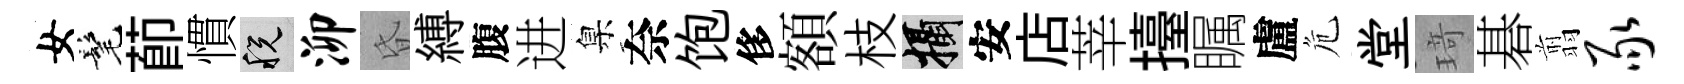
女髦莭慣税泖昏縛腹进臬奈饱侈額枝攝安店莘擡瞩盧危堂𤦺碁翦豕